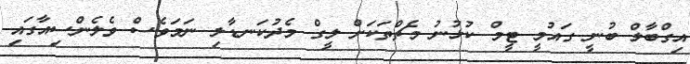
އިގްބާލް ބުނީ ގައުމީ ޓީމް ކުޅުނު މެޗްތަކަށް ލީގް މެދުކަނޑާލި ނަމަވެސް ވެލެންސިއާގައި